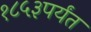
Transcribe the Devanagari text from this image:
१८५३पर्यंत